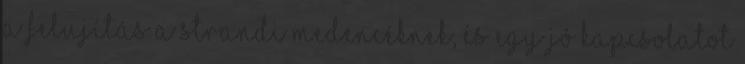
a felujítás a strandi medencéknek, és egy jó kapcsolatot